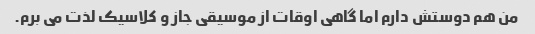
من هم دوستش دارم اما گاهی اوقات از موسیقی جاز و کلاسیک لذت می برم.